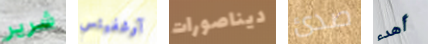
شرير آوشفيتس ديناصورات صدئ أهدء